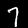
Label: 7